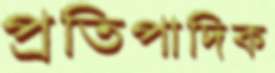
প্রতিপাদিক